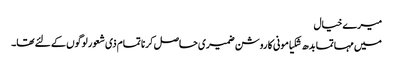
میرے خیال
میں مہاتما بدھ شکیامونی کا روشن ضمیری حاصل کرنا تمام ذی شعور لوگوں کے لئے تھا۔